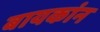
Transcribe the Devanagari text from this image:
बायकांन